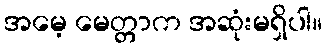
အမေ့ မေတ္တာက အဆုံးမရှိပါ။